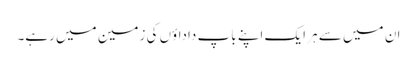
ان میں سے ہر ایک اپنے باپ داداؤں کی زمین میں رہے۔